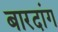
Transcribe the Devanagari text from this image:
बारदांग